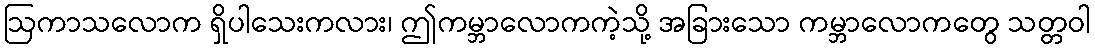
ဩကာသလောက ရှိပါသေးကလား၊ ဤကမ္ဘာလောကကဲ့သို့ အခြားသော ကမ္ဘာလောကတွေ သတ္တဝါ